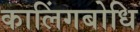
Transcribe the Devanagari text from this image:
कालिंगबोधि